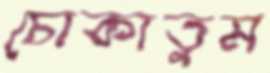
চোকাতুম